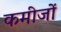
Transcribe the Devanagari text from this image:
कमीजों